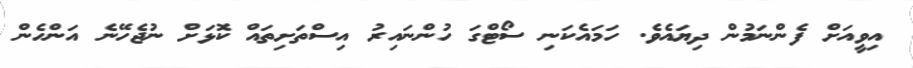
އިވީއަށް ފެންނަމުން ދިޔައެވެ. ހަމައެކަނި ސޯޓްގަ ހުންނައިރު އިސްތަށިތައް ކޮޅަށް ނުޖެހޭނެ އަންހެން